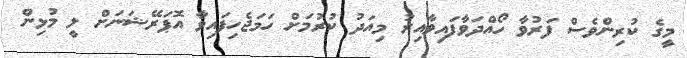
މީގެ ކުރިންވެސް ފަރުވާ ހޯއްދަވާފައިވާއިރު މިއަދު ކުރުމަށް ހަމަޖެހިފައިވާ އޮޕަރޭޝަނަށް ލީ މުޅިން